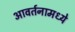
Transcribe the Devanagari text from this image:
आवर्तनामध्ये